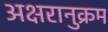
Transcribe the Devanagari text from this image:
अक्षरानुक्रम